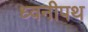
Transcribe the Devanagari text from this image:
ध्वनीपथ